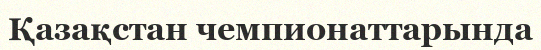
Қазақстан чемпионаттарында